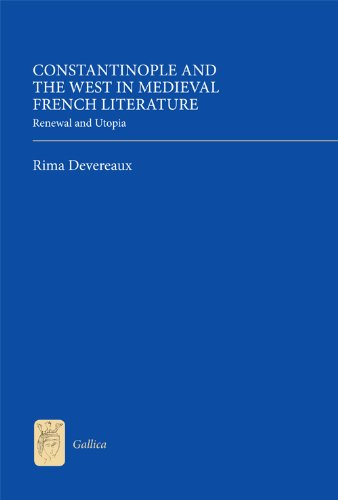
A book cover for Constantinople and the West in Medieval French Literature: Renewal and Utopia (Gallica); Rima Devereaux; Literature & Fiction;